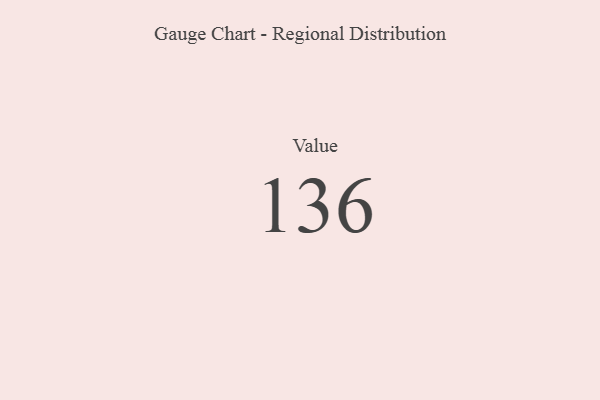
{"axis": {"x": "Metric", "y": "Value"}, "legend": [""], "data": [{"x": "Value", "y": 136, "type": ""}]}